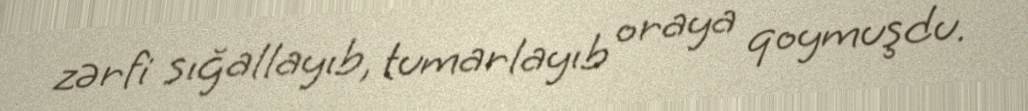
zərfi sığallayıb, tumarlayıb oraya qoymuşdu.